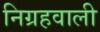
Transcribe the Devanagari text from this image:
निग्रहवाली